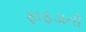
ફાફડાની